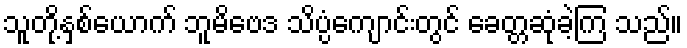
သူတို့နှစ်ယောက် ဘူမိဗေဒ သိပ္ပံကျောင်းတွင် ခေတ္တဆုံခဲ့ကြ သည်။